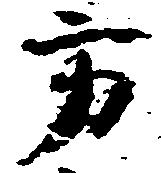
方